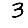
Digit: 3